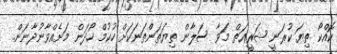
ކޮއްކޯ ތިޔަ ކުރަނީ ޝަރީޢަތް މަވާ ސަލާން ތިޔަތަންތަނަކަށް ހުކުމް ހޯދަން މަށެއްވާނުދާނަން..